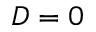
D = 0